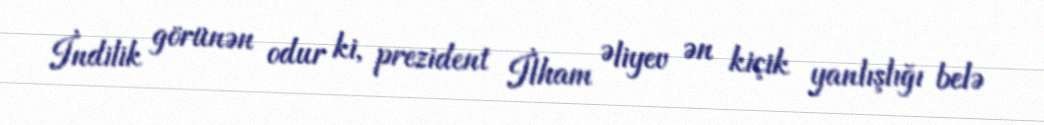
İndilik görünən odur ki, prezident İlham Əliyev ən kiçik yanlışlığı belə